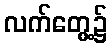
လက်တွေ့၌